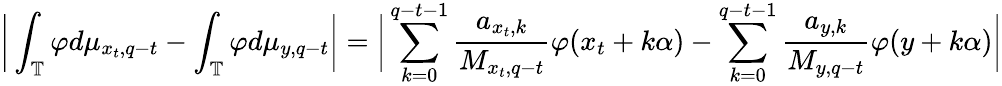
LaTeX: \bigg|\int_{\mathbb{T}}\varphi d\mu_{x_{t},q-t}-\int_{\mathbb{T}}\varphi d\mu_{y,q-t}\bigg|=\bigg|\sum_{k=0}^{q-t-1}\frac{a_{x_{t},k}}{M_{x_{t},q-t}}\varphi(x_{t}+k\alpha)-\sum_{k=0}^{q-t-1}\frac{a_{y,k}}{M_{y,q-t}}\varphi(y+k\alpha)\bigg|